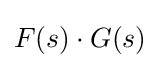
F(s)\cdot G(s)